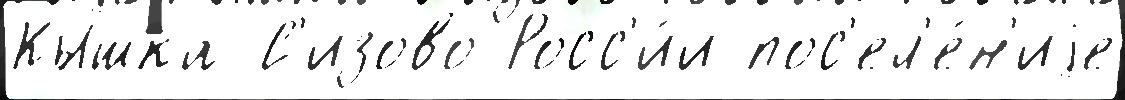
Кышка С'изово Росс'и́и пос'ел'е́н'иjе